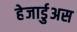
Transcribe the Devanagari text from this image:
हेजार्डुअस